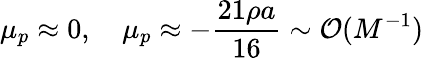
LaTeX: \mu_{p}\approx 0,\quad\mu_{p}\approx-\frac{21\rho a}{16}\sim\mathcal{O}(M^{-1})